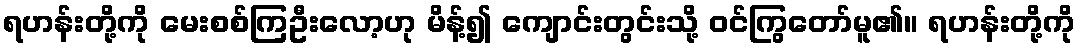
ရဟန်းတို့ကို မေးစစ်ကြဦးလော့ဟု မိန့်၍ ကျောင်းတွင်းသို့ ဝင်ကြွတော်မူ၏။ ရဟန်းတို့ကို